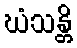
ဃံသန္တိ